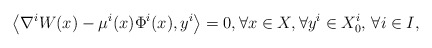
\begin{align*}\big\langle \nabla^{i} W(x) - \mu^i(x) \Phi^{i}(x) , y^i \big\rangle = 0, \forall x \in X, \forall y^i \in X^i_0, \, \forall i\in I,\end{align*}